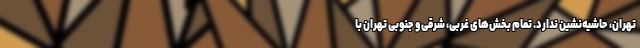
تهران، حاشیه‌نشین ندارد. تمام بخش‌های غربی، شرقی و جنوبی تهران با